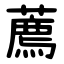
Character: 薦